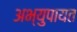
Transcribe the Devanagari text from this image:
अभ्युपायत